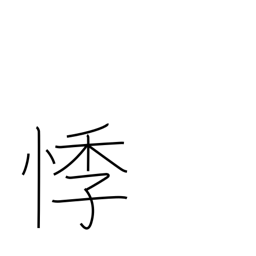
Meaning: shudder